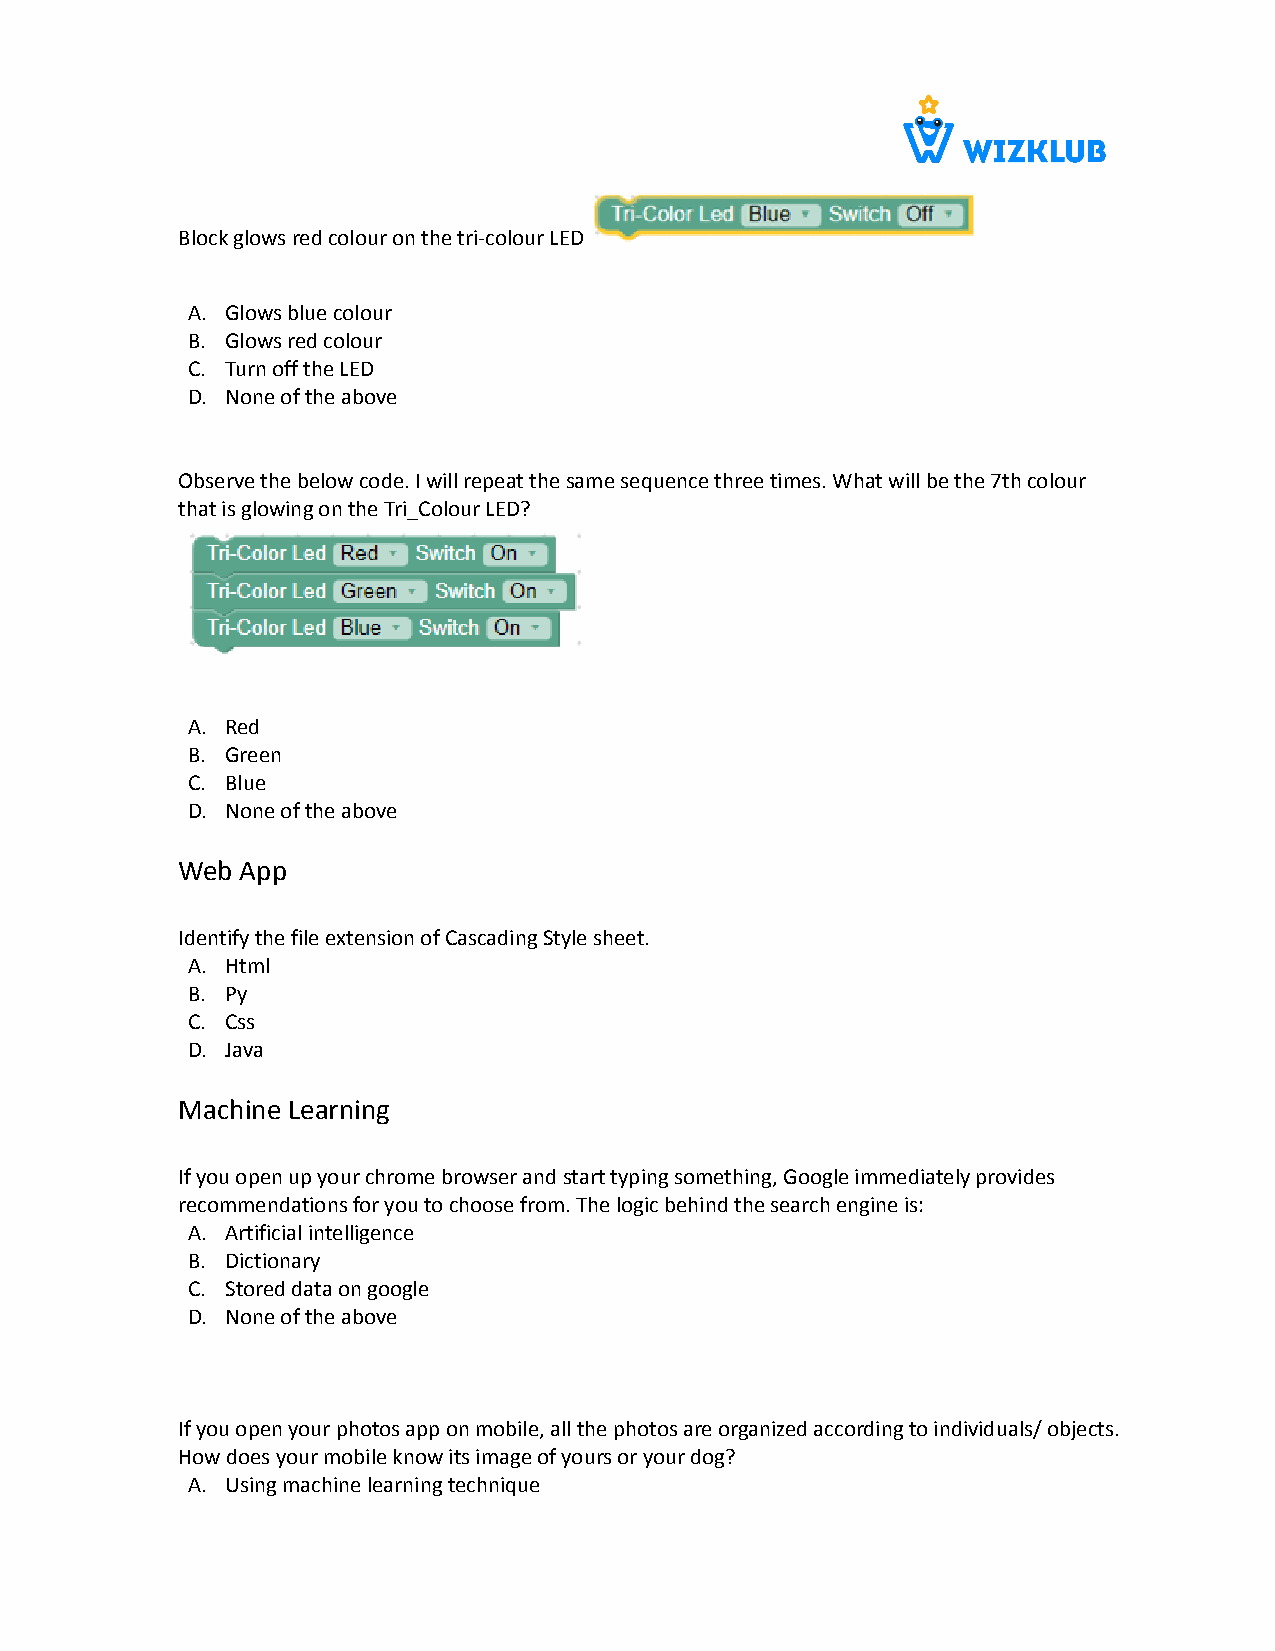
Block glows red colour on the tri-colour LED
 A. Glows blue colour
 B. Glows red colour
 C. Turn off the LED
 D. None of the above
 Observe the below code. I will repeat the same sequencethree times. What will be the 7th colour
 that is glowing on the Tri_Colour LED?
 A. Red
 B. Green
 C. Blue
 D. None of the above
 Web App
 Identify the file extension of Cascading Style sheet.
 A. Html
 B. Py
 C. Css
 D. Java
 Machine Learning
 If you open up your chrome browser and start typingsomething, Google immediately provides
 recommendations for you to choose from. The logicbehind the search engine is:
 A. Artificial intelligence
 B. Dictionary
 C. Stored data on google
 D. None of the above
 If you open your photos app on mobile, all the photosare organized according to individuals/ objects.
 How does your mobile know its image of yours or yourdog?
 A. Using machine learning technique